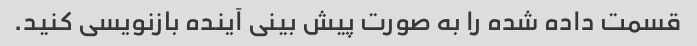
قسمت داده شده را به صورت پیش بینی آینده بازنویسی کنید.